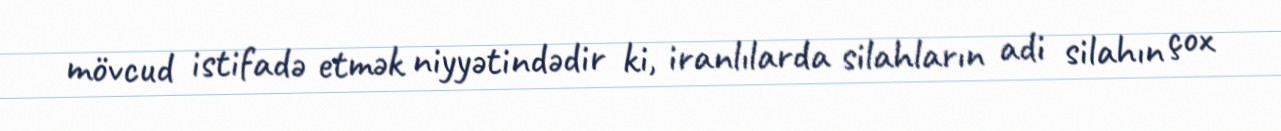
mövcud istifadə etmək niyyətindədir ki, iranlılarda silahların adi silahın çox